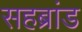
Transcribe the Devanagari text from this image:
सहब्रांड